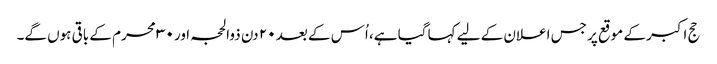
حج اکبر کے موقع پر جس اعلان کے لیے کہا گیا ہے، اُس کے بعد ۲۰ دن ذوالحجہ اور ۳۰ محرم کے باقی ہوں گے۔